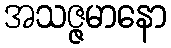
အသဇ္ဇမာနော